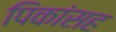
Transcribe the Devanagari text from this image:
पिकांसह